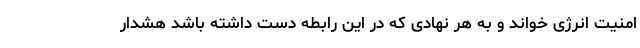
امنیت انرژی خواند و به هر نهادی که در این رابطه دست داشته باشد هشدار